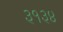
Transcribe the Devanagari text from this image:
३१३४